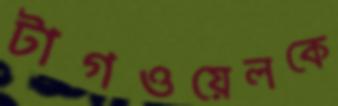
টাগওয়েলকে